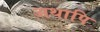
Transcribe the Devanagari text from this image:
अथापि